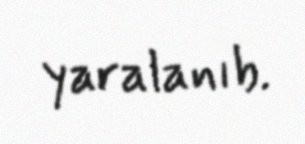
yaralanıb.